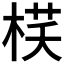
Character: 𣓎